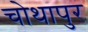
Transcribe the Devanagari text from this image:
चोथापुर